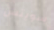
سويتس